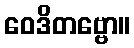
ဝေဒိတဗ္ဗော။